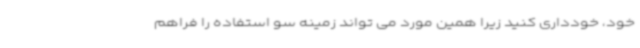
خود، خودداری کنید زیرا همین مورد می تواند زمینه سو استفاده را فراهم